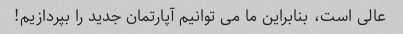
عالی است، بنابراین ما می توانیم آپارتمان جدید را بپردازیم!